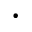
\cdot